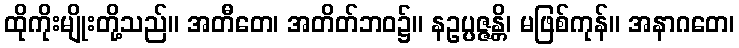
ထိုကိုးမျိုးတို့သည်။ အတီတေ၊ အတိတ်ဘဝ၌။ နဥပ္ပဇ္ဇန္တိ၊ မဖြစ်ကုန်။ အနာဂတေ၊